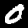
Label: 0